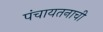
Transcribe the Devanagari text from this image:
पंचायतनाची